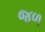
જળ